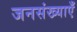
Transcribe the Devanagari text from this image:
जनसंख्याएँ